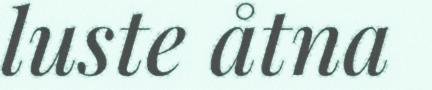
luste åtna